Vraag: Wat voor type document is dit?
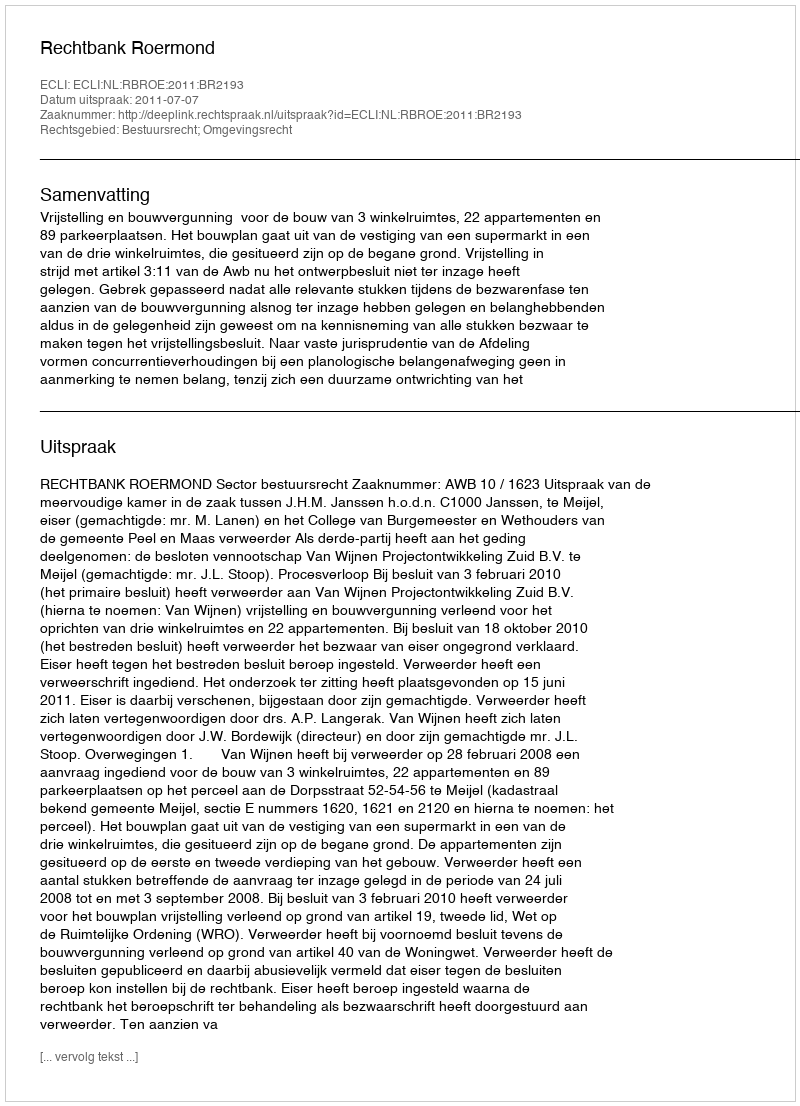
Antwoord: Uitspraak